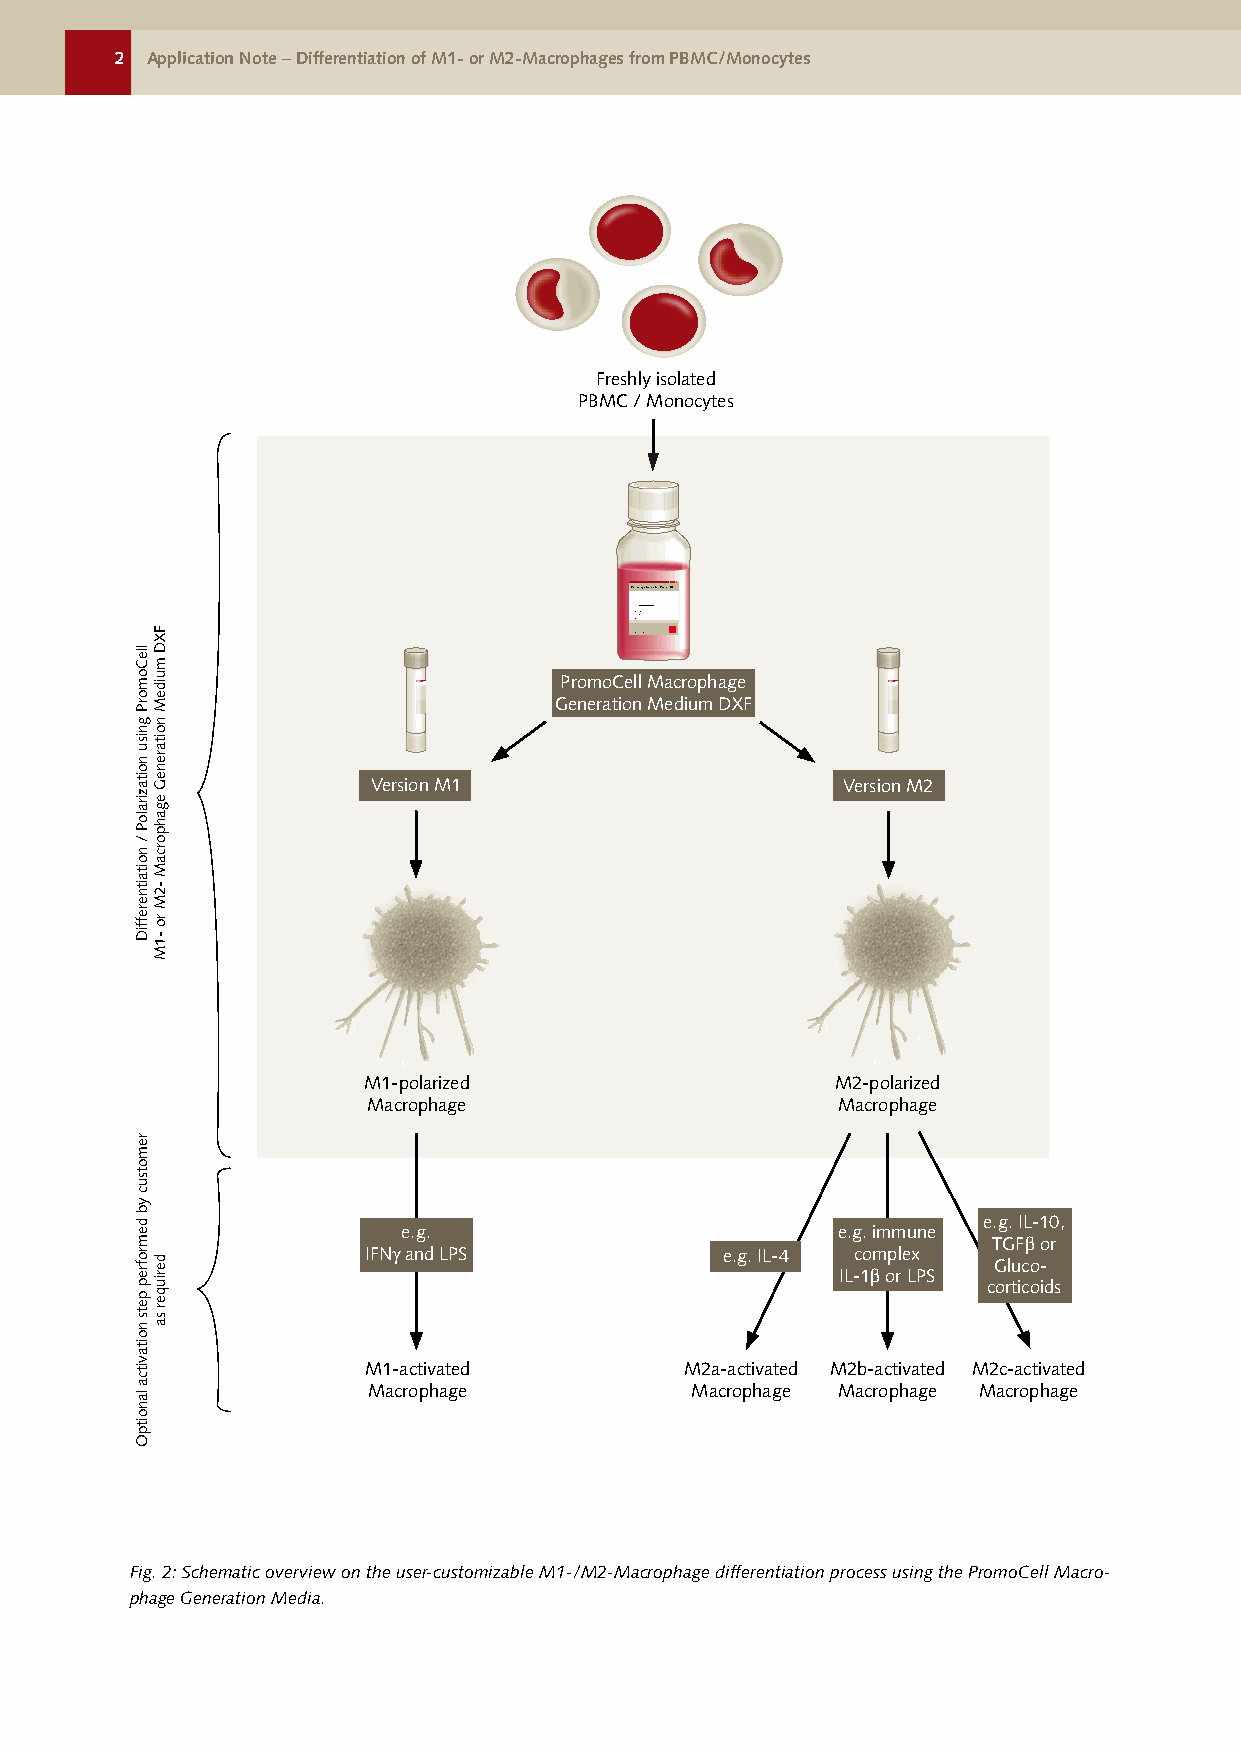
2 Application Note – Differentiation of M1- or M2-Macrophages from PBMC/Monocytes
 (1)   (2)
 1-1.5 h
 Freshly isolated
 PBMC / Monocytes
 Plate in Monocyte        (1) Aspirate medium along with
 Fresh PBMC/   Attachment Medium        floating contaminating cells,
 Monocytes     (MAM)                    (2) wash adherent cells 3x with
 MAM
 Immediately
 Macrophage Generation Medium DXF
 Activation
 Factors (A)
 PromoCell Macrophage                                                                                             A
 Generation Medium DXF
 A
 A
 Version M1                     Version M2
 6 days                     1 day
 A    A   A
 Add completed M1- or      Add another 50-75% by volume Optional: add appropriate
 M2-Macrophage Generation  of fresh completed M1- or   activation/polarization
 Medium DXF                M2-Macrophage Generation    factors
 Medium DXF
 2 days
 M1-polarized                   M2-polarized
 Macrophage                     Macrophage
 (1) (2)  (3)
 A
 e.g. IL-10,
 e.g.                        e.g. immune                                A
 TGFβ or
 IFNγ and LPS            e.g. IL-4 complex Gluco-
 IL-1β or LPS                                                                            Optional: Harvest/Subcultivate
 corticoids
 A         A      1 day                            Macrophages using Macrophage
 Detachment Solution DXF
 M1-activated         M2a-activated M2b-activated M2c-activated     Medium change: (1) Aspirate Day10+: use macrophages
 Macrophage            Macrophage Macrophage Macrophage             and collect floating cells, (2) add or alternatively continue
 complete M1- or M2-Macrophage culture
 Generation Medium DXF,
 (3) recover floating cells and
 combine with culture
 Fig. 2: Schematic overview on the user-customizable M1-/M2-Macrophage differentiation process using the PromoCell Macro-
 phage Generation Media.
 lleComorP
 gnisu
 noitaziraloP
 /
 noitaitnereffiD
 remotsuc
 yb
 demrofrep
 pets
 noitavitca
 lanoitpO
 FXD
 muideM
 noitareneG
 egahporcaM
 -2M
 ro
 -1M
 deriuqer
 sa